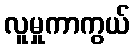
လူမှုကာကွယ်